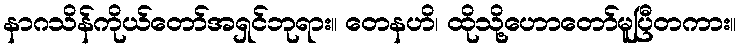
နာဂသိန်ကိုယ်တော်အရှင်ဘုရား။ တေနဟိ၊ ထိုသို့ဟောတော်မူပြီတကား။